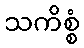
သကိစ္စံ